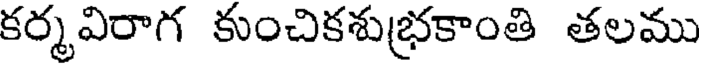
కర్మవిరాగ కుంచికశుభ్రకాంతి తలము